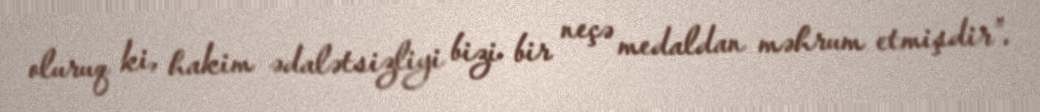
oluruq ki, hakim ədalətsizliyi bizi bir neçə medaldan məhrum etmişdir”.